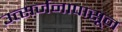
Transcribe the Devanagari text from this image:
उत्सर्जनापासून